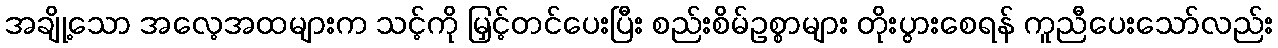
အချို့သော အလေ့အထများက သင့်ကို မြှင့်တင်ပေးပြီး စည်းစိမ်ဥစ္စာများ တိုးပွားစေရန် ကူညီပေးသော်လည်း